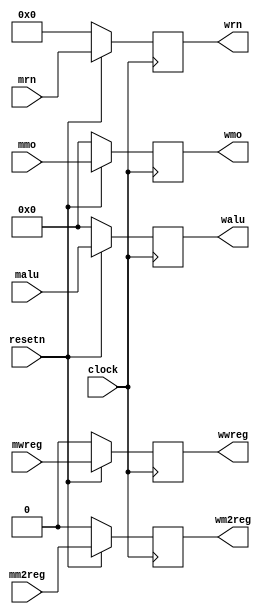
module pipemwreg (mwreg,mm2reg,mmo,malu,mrn,clock,resetn,wwreg,wm2reg,wmo,walu,wrn);
input wire mwreg,mm2reg;
input wire[31:0] mmo,malu;
input wire[4:0] mrn;
input wire clock,resetn;

output reg wwreg,wm2reg;
output reg[31:0] wmo,walu;
output reg[4:0] wrn;

always @(posedge clock)
begin
	if(~resetn)
	begin
		wwreg <= 0;
		wm2reg <= 0;
		wmo <= 0;
		walu <= 0;
		wrn <= 0;
	end
	else begin
		wwreg <= mwreg;
		wm2reg <= mm2reg;
		wmo <= mmo;
		walu <= malu;
		wrn <= mrn;
	end
end

endmodule